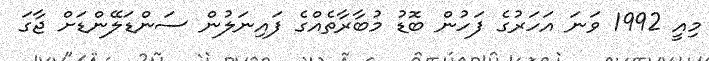
މިއީ 1992 ވަނަ އަހަރުގެ ފަހުން ބޮޑު މުބާރާތެއްގެ ފައިނަލުން ސަންޑަލޭންޑަށް ޖާގަ